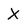
Character: X